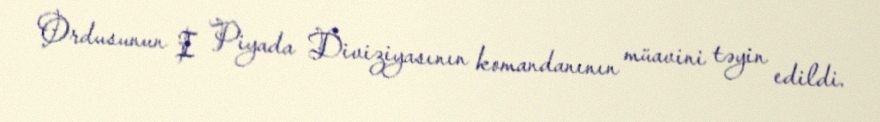
Ordusunun I Piyada Diviziyasının komandanının müavini təyin edildi.